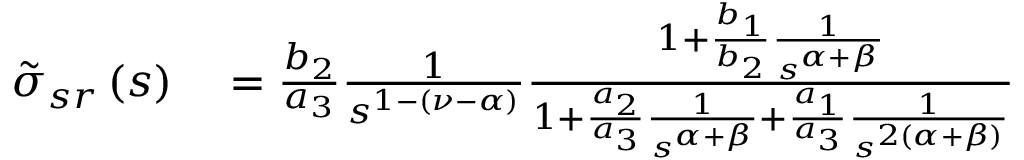
\begin{array} { r l } { \tilde { \sigma } _ { s r } \left( s \right) } & { { } = \frac { b _ { 2 } } { a _ { 3 } } \frac { 1 } { s ^ { 1 - \left( \nu - \alpha \right) } } \frac { 1 + \frac { b _ { 1 } } { b _ { 2 } } \frac { 1 } { s ^ { \alpha + \beta } } } { 1 + \frac { a _ { 2 } } { a _ { 3 } } \frac { 1 } { s ^ { \alpha + \beta } } + \frac { a _ { 1 } } { a _ { 3 } } \frac { 1 } { s ^ { 2 \left( \alpha + \beta \right) } } } } \end{array}